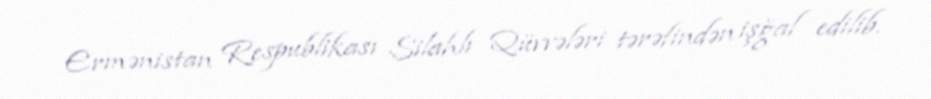
Ermənistan Respublikası Silahlı Qüvvələri tərəfindən işğal edilib.